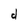
Character: d